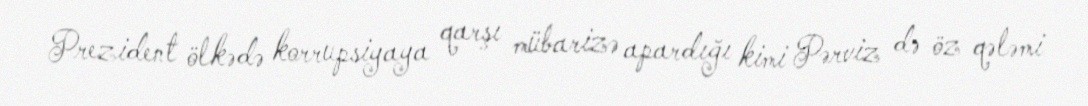
Prezident ölkədə korrupsiyaya qarşı mübarizə apardığı kimi Pərviz də öz qələmi